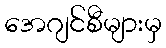
အေဂျင်စီများမှ